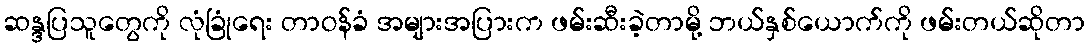
ဆန္ဒပြသူတွေကို လုံခြုံရေး တာဝန်ခံ အများအပြားက ဖမ်းဆီးခဲ့တာမို့ ဘယ်နှစ်ယောက်ကို ဖမ်းတယ်ဆိုတာ